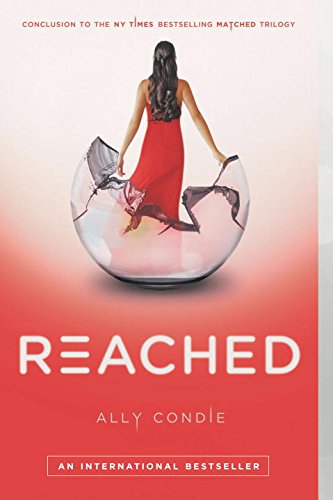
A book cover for Reached; Ally Condie; Teen & Young Adult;